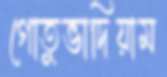
গোতুভাদিয়াম